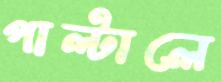
পাল্টালে